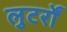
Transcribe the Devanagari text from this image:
लुटर्रों